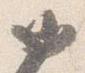
如